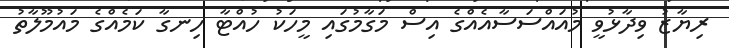
ރިޔާޒު ވިދާޅުވީ މުއައްސަސާއެއްގެ އިސް މަގާމުގައި މީހަކު ހުއްޓާ ހިނގާ ކަމެއްގެ މައުމޫލާތު